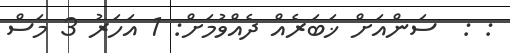
: :  ސަންއަށް ޚަބަރެއް ދެއްވުމަށް: 1 އަހަރު 3 މަސް